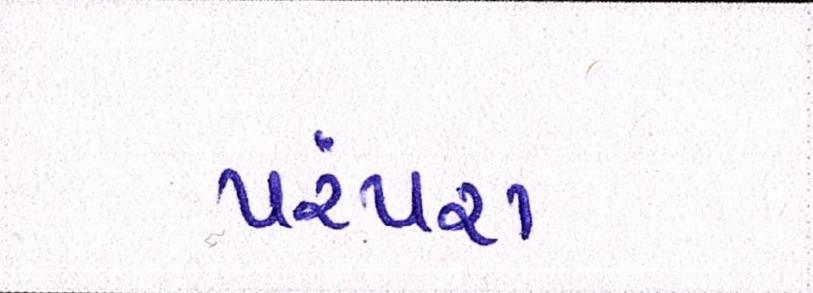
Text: પરંપરા